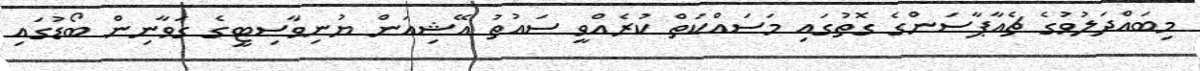
މިބައްދަލުވުގެ ޗެއާޕާސަންގެ ގޮތުގައި މަސައްކަތް ކުރެއްވީ ސައުތު އޭޝިއަން ޔުނިވާސިޓީގެ ގަވާނިން ބޯޑުގައި